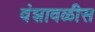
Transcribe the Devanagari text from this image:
वंशावळीस